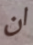
ان